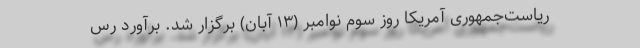
ریاست‌جمهوری آمریکا روز سوم نوامبر (۱۳ آبان) برگزار شد. برآورد رس